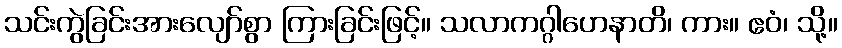
သင်းကွဲခြင်းအားလျော်စွာ ကြားခြင်းဖြင့်။ သလာကဂ္ဂါဟေနာတိ၊ ကား။ ဧဝံ၊ သို့။